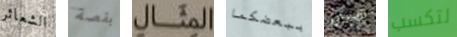
الشعائر بقصة المثال ببعضكما هذه لتكسب